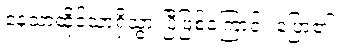
နေသာထိုင်သာရှိသွားပြီဖြစ်ကြောင်း ပြော၏။